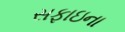
સફાઇના